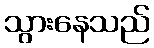
သွားနေသည်